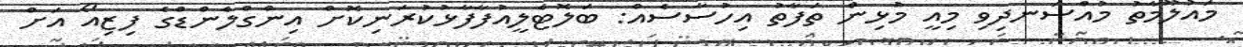
މައުލޫމާތު މުއްސަނދިވި މިއީ މުޅިން ތަފާތު އިހުސާސެއް: ބަލޮޓެލީއުފާފާޅުކުރަނިކޮށް އިންގްލެންޑްގެ ފިޒިއޯ އަށް